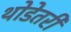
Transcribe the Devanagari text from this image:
थोडेतरी